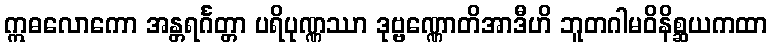
ဣဓလောကော အန္တရင်္ဂတ္တာ ပရိပုဏ္ဏဿာ ဒုဗ္ဗဏ္ဏောတိအာဒီဟိ ဘူတဂါမဝိနိစ္ဆယကထာ